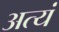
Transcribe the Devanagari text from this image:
अत्यं